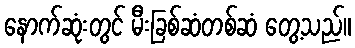
နောက်ဆုံးတွင် မီးခြစ်ဆံတစ်ဆံ တွေ့သည်။